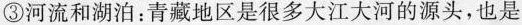
③河流和湖泊：青藏地区是很多大江大河的源头，也是